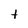
Character: t